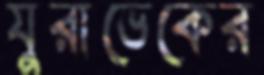
যুরাভেকের